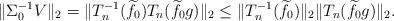
LaTeX: \begin{align*}\|\Sigma_0^{-1}V\|_2=\|T_n^{-1}(\widetilde{f}_0) T_n(\widetilde{f}_0g)\|_2 \leq \|T_n^{-1}(\widetilde{f}_0)\|_2 \|T_n(\widetilde{f}_0g)\|_2.\end{align*}